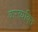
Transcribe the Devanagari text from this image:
करव्यक्ति